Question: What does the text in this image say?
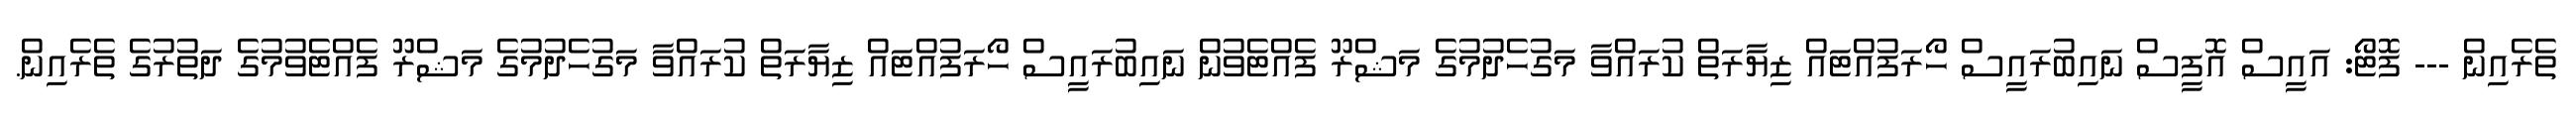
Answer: ތެރެއިން --- ފޮޓޯ: އައީސް އޮފީސް ނައިބުރައީސް ހޯރަފުއްޓައް ޒިޔާރަތް ކުރައްވާ މަގުހެދުމުގެ މަޝްރޫ ފެއްޓެވުން ނައިބުރައީސް ހޯރަފުއްޓައް ޒިޔާރަތް ކުރައްވާ މަގުހެދުމުގެ މަޝްރޫ ފެއްޓެވުމުގެ ދަތުރުގެ ތެރެއިން.